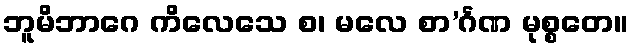
ဘူမိဘာဂေ ကိလေသေ စ၊ မလေ စာ’င်္ဂဏ မုစ္စတေ။